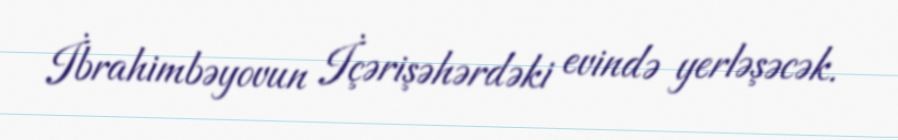
İbrahimbəyovun İçərişəhərdəki evində yerləşəcək.